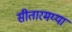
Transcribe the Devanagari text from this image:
सीतारमय्या